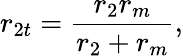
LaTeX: r_{2t}=\frac{r_{2}r_{m}}{r_{2}+r_{m}},